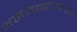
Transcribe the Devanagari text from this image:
असमवायीकरण